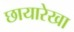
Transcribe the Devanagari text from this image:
छायारेखा